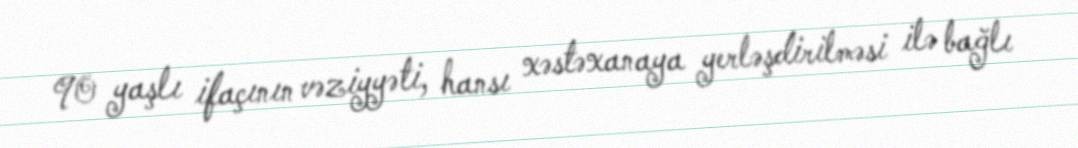
90 yaşlı ifaçının vəziyyəti, hansı xəstəxanaya yerləşdirilməsi ilə bağlı